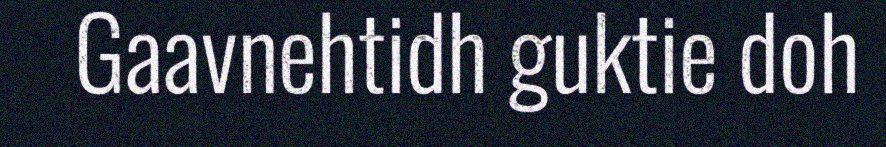
Gaavnehtidh guktie doh